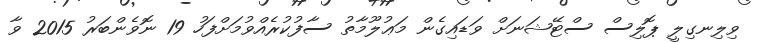
ވިލިނގިލީ ޕޮލިސް ސްޓޭޝަނަށް ވަޑައިގެން މަޢުލޫމާތު ސާފުކުރެއްވުމަށްފަހު 19 ނޮވެންބަރު 2015 ވާ